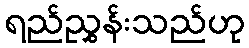
ရည်ညွှန်းသည်ဟု